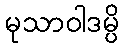
မုသာဝါဒမ္ပိ